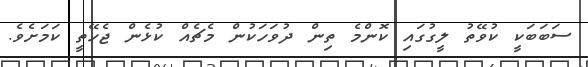
ސަބަބަކީ ކުވޭތު ލީގުގައި ކޮންމެ ތިން ދުވަހަކުން މެޗެއް ކުޅެން ޖެހޭތީ ކަމަށެވެ.